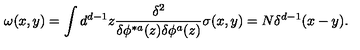
\omega ( x , y ) = \int d ^ { d - 1 } z { \frac { \delta ^ { 2 } } { \delta \phi ^ { * a } ( z ) \delta \phi ^ { a } ( z ) } } \sigma ( x , y ) = N \delta ^ { d - 1 } ( x - y ) .